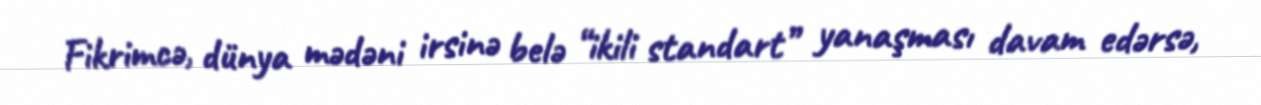
Fikrimcə, dünya mədəni irsinə belə “ikili standart” yanaşması davam edərsə,